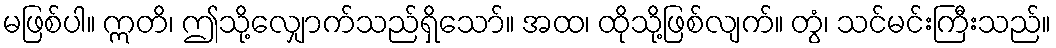
မဖြစ်ပါ။ ဣတိ၊ ဤသို့လျှောက်သည်ရှိသော်။ အထ၊ ထိုသို့ဖြစ်လျက်။ တွံ၊ သင်မင်းကြီးသည်။